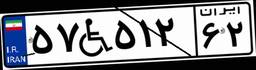
۵۷W۵۱۲۶۲